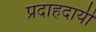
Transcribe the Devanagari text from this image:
प्रदाहदायी